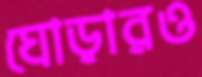
ঘোড়ারও